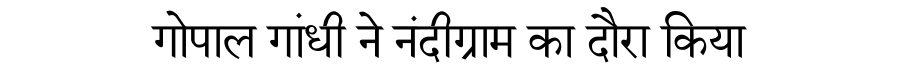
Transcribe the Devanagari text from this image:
गोपाल गांधी ने नंदीग्राम का दौरा किया